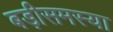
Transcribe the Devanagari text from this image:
बड़ीसमस्या